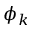
\phi _ { k }